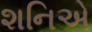
શનિએ